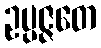
ဥပ္ပဇ္ဇတေ